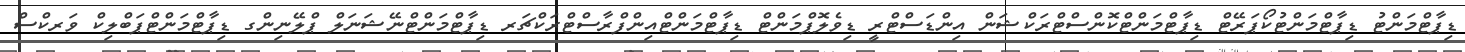
ޑިޕާޓްމަންޓު ޑިޕާޓްމަންޓުކޯޕަރޭޓް ޑިޕާޓްމަންޓްކޮންސްޓްރަކްޝަން އިންޑަސްޓްރީ ޑިވެލޮޕްމަންޓް ޑިޕާޓްމަންޓްއިންފްރާސްޓްރަކްޗަރ ޑިޕާޓްމަންޓްނޭޝަނަލް ޕްލޭނިންގ ޑިޕާޓްމަންޓްޕަބްލިކް ވަރކްސް